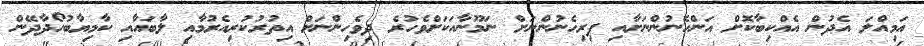
އަމިއްލަ އެދުން އެއްކިބާކޮށް އަންހެނުންނަށާއި ފިރިހެނުންނަށް ނަމޫނާއަކަށްވެހުރެ ދިވެހިންނަށް އިތުރުކުރިއެރުމާއި ލާބައާއި ކާމިޔާބުހޯދާދޭން